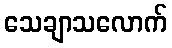
သေချာသလောက်